Code of medical and sanitary regulations for the guidance of medical officers serving in the Madras Presidency - Volume II
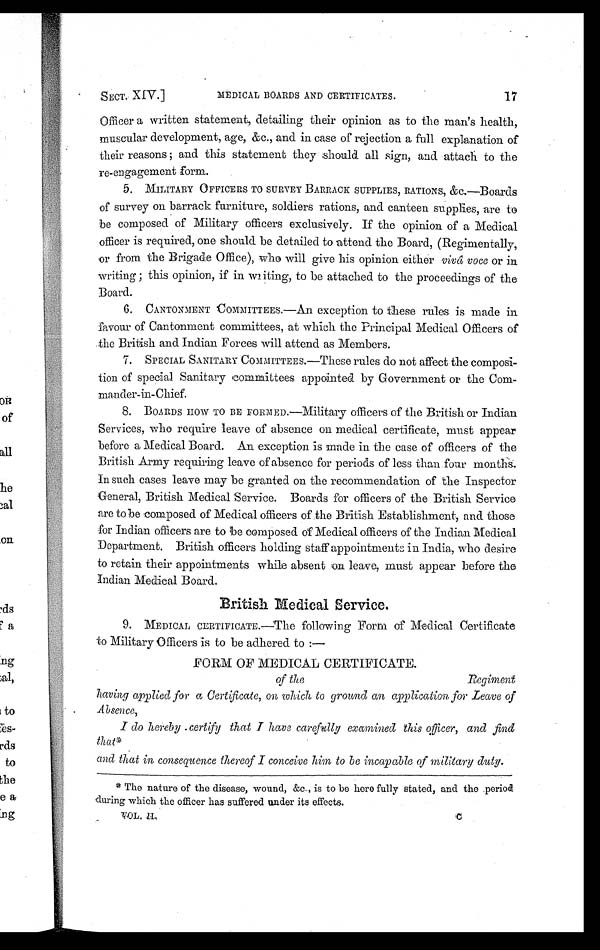
SECT. XIV.]
MEDICAL BOARDS AND CERTIFICATES.
17
Officer a written statement, detailing their opinion as to the man's health,
muscular development, age, &c., and in case of rejection a full explanation of
their reasons ; and this statement they should all sign, and attach to the
re-engagement form.
5. MILITARY OFFICERS TO SURVEY BARRACK SUPPLIES, RATIONS, &c.—Boards
of survey on barrack furniture, soldiers rations, and canteen supplies, are to
be composed of Military officers exclusively. If the opinion of a Medical
officer is required, one should be detailed to attend the Board, (Regimentally,
or from the Brigade Office), who will give his opinion either vivâ voce or in
writing ; this opinion, if in writing, to be attached to the proceedings of the
Board.
6 . C A N T O N M E N T C O M M I T T E E S . — A ne
x c e p t i o nt
o
t h e s e
r u l e s
i s
made
in
favour of Cantonment committees, at which the Principal Medical Officers of
the British and Indian Forces will attend as Members.
7. SPECIAL SANITARY COMMITTEES.—These rules do not affect the composi-
tion of special Sanitary committees appointed by Government or the Com-
mander-in-Chief.
8. BOARDS HOW TO BE FORMED.—Military officers of the British or Indian
Services, who require leave of absence on medical certificate, must appear
before a Medical Board. An exception is made in the case of officers of the
British Army requiring leave of absence for periods of less than four months.
In such cases leave may be granted on the recommendation of the Inspector
General, British Medical Service. Boards for officers of the British Service
are to be composed of Medical officers of the British Establishment, and those
for Indian officers are to be composed of Medical officers of the Indian Medical
Department. British officers holding staff appointments in India, who desire
to retain their appointments while absent on leave, must appear before the
Indian Medical Board.
British. Medical Service.
9. MEDICAL CERTIFICATE.—The following Form of Medical Certificate
to Military Officers is to be adhered to :—
FORM OF MEDICAL CERTIFICATE
of the
having applied for a Certificate, on which to ground an application for _Leave of
Absence,
I do hereby certify that I have carefully examined this officer, and find
that*
and that in consequence thereof I conceive him to be incapable of military duty.
* The nature of the disease, wound, &c., is to be here fully stated, and the .perio
d during which the officer has suffered under its effects.
VOL. II.
C
Regiment